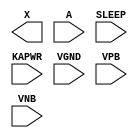
module sky130_fd_sc_lp__iso0p (
    X    ,
    A    ,
    SLEEP,
    KAPWR,
    VGND ,
    VPB  ,
    VNB
);

    output X    ;
    input  A    ;
    input  SLEEP;
    input  KAPWR;
    input  VGND ;
    input  VPB  ;
    input  VNB  ;
endmodule